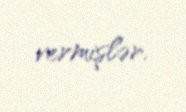
vermişlər.